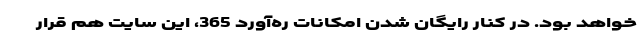
خواهد بود. در کنار رایگان شدن امکانات ره‌آورد 365،‌ این سایت هم قرار